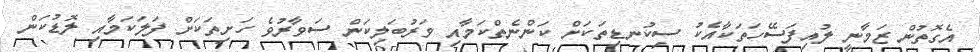
އެގޮތުން ޒަމާނީ ލުއިފަސޭހަތަކާއެކު ސިކުނޑިތަކަށް ކަންނެތްކަމާއި ވަރުބަލިކަން ސަވާރުވެ ހަށިތަކަށް ފަލަކަމާއި ލޮޑުކަން